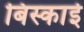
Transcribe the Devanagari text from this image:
बिस्काई